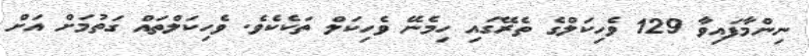
ނިންމާފައިވާ 129 ވެހިކަލްގެ ތެރޭގައި ހިމެނޭ ވެހިކަލް ތަކެކެވެ. ވެހިކަލްތައް ގަތުމަށް އަށް